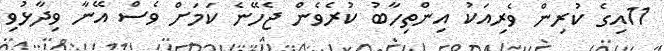
11އިގެ ކުރިން ވެރިއަކު އިންތިހާބު ކުރެވެން ޖެހޭނެ ކަމަށް ވެސް އޭނާ ވިދާޅުވި